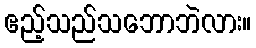
ဧည့်သည်သဘောဘဲလား။